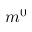
m ^ { 0 }